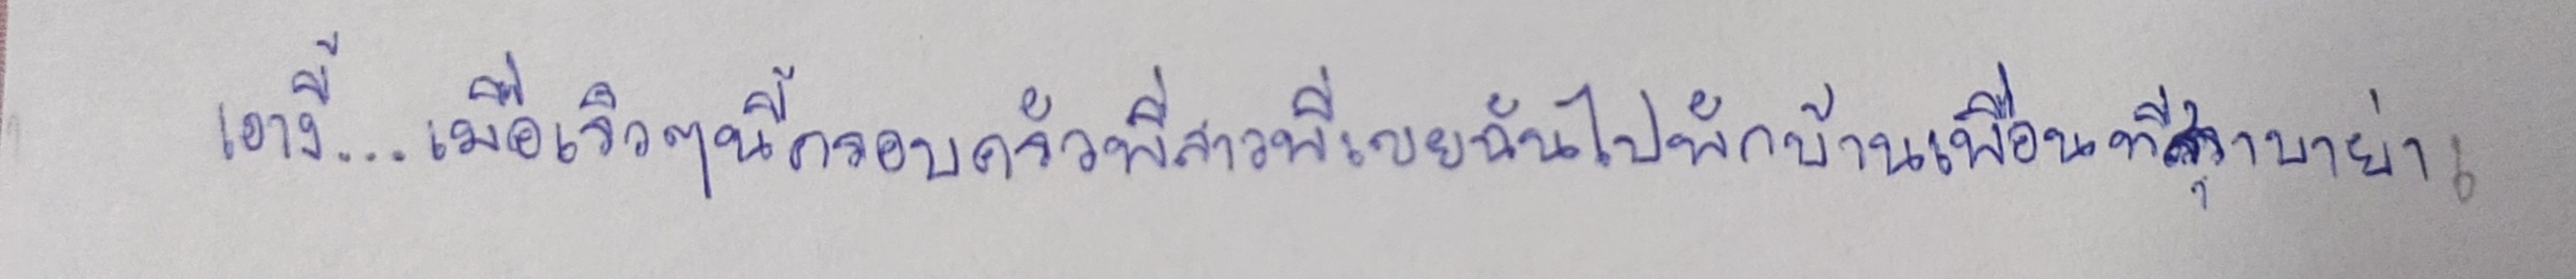
เอางี้...เมื่อเร็วๆนี้ครอบครัวพี่สาวพี่เขยฉันไปพักบ้านเพื่อนที่สุราบาย่า